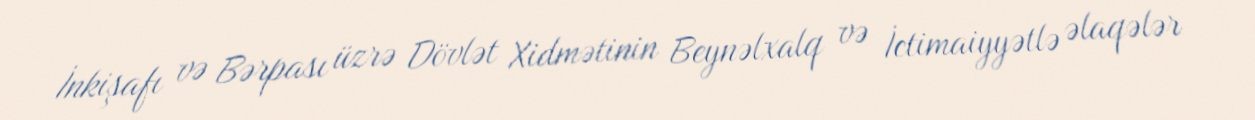
İnkişafı və Bərpası üzrə Dövlət Xidmətinin Beynəlxalq və İctimaiyyətlə əlaqələr